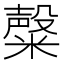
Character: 𥼆